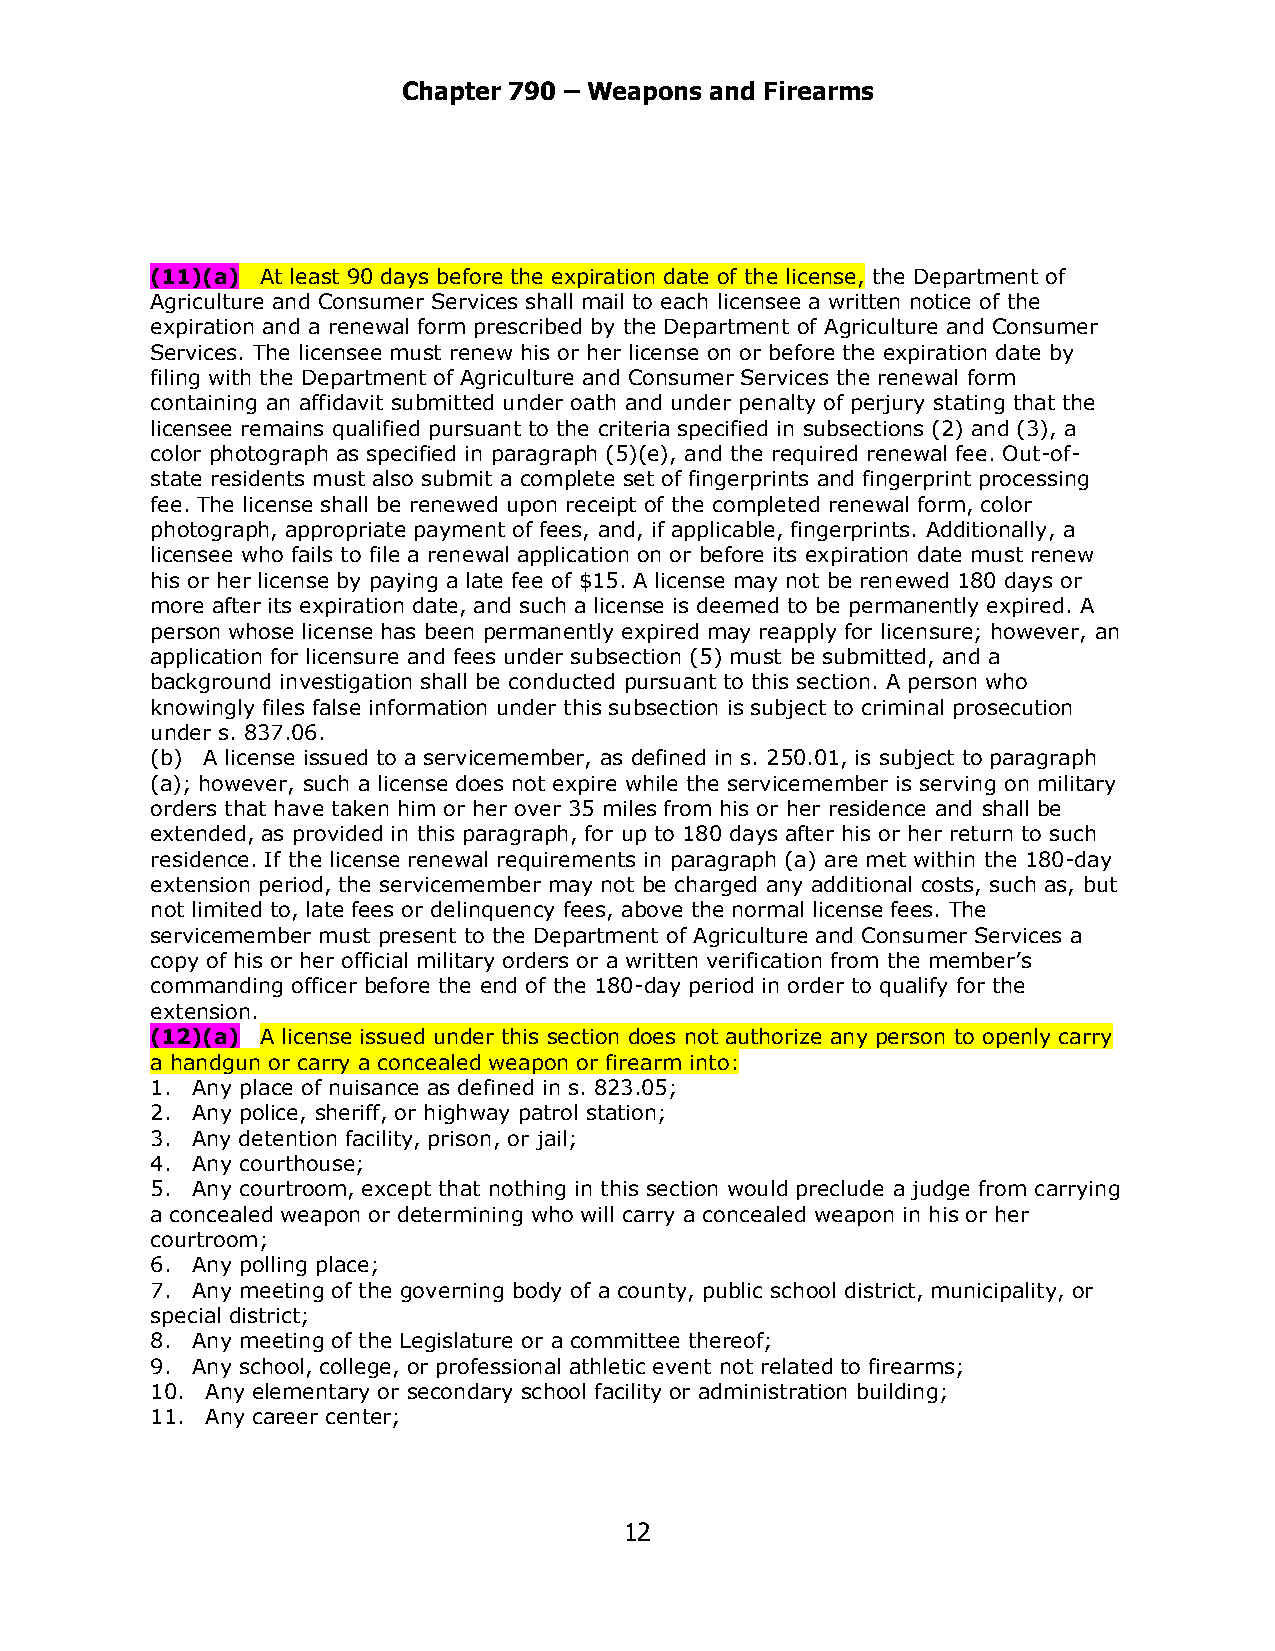
Chapter 790 – Weapons and Firearms
 (11)(a) At least 90 days before the expiration date of the license, the Department of
 Agriculture and Consumer Services shall mail to each licensee a written notice of the
 expiration and a renewal form prescribed by the Department of Agriculture and Consumer
 Services. The licensee must renew his or her license on or before the expiration date by
 filing with the Department of Agriculture and Consumer Services the renewal form
 containing an affidavit submitted under oath and under penalty of perjury stating that the
 licensee remains qualified pursuant to the criteria specified in subsections (2) and (3), a
 color photograph as specified in paragraph (5)(e), and the required renewal fee. Out-of-
 state residents must also submit a complete set of fingerprints and fingerprint processing
 fee. The license shall be renewed upon receipt of the completed renewal form, color
 photograph, appropriate payment of fees, and, if applicable, fingerprints. Additionally, a
 licensee who fails to file a renewal application on or before its expiration date must renew
 his or her license by paying a late fee of $15. A license may not be renewed 180 days or
 more after its expiration date, and such a license is deemed to be permanently expired. A
 person whose license has been permanently expired may reapply for licensure; however, an
 application for licensure and fees under subsection (5) must be submitted, and a
 background investigation shall be conducted pursuant to this section. A person who
 knowingly files false information under this subsection is subject to criminal prosecution
 under s. 837.06.
 (b) A license issued to a servicemember, as defined in s. 250.01, is subject to paragraph
 (a); however, such a license does not expire while the servicemember is serving on military
 orders that have taken him or her over 35 miles from his or her residence and shall be
 extended, as provided in this paragraph, for up to 180 days after his or her return to such
 residence. If the license renewal requirements in paragraph (a) are met within the 180-day
 extension period, the servicemember may not be charged any additional costs, such as, but
 not limited to, late fees or delinquency fees, above the normal license fees. The
 servicemember must present to the Department of Agriculture and Consumer Services a
 copy of his or her official military orders or a written verification from the member’s
 commanding officer before the end of the 180-day period in order to qualify for the
 extension.
 (12)(a) A license issued under this section does not authorize any person to openly carry
 a handgun or carry a concealed weapon or firearm into:
 1. Any place of nuisance as defined in s. 823.05;
 2. Any police, sheriff, or highway patrol station;
 3. Any detention facility, prison, or jail;
 4. Any courthouse;
 5. Any courtroom, except that nothing in this section would preclude a judge from carrying
 a concealed weapon or determining who will carry a concealed weapon in his or her
 courtroom;
 6. Any polling place;
 7. Any meeting of the governing body of a county, public school district, municipality, or
 special district;
 8. Any meeting of the Legislature or a committee thereof;
 9. Any school, college, or professional athletic event not related to firearms;
 10. Any elementary or secondary school facility or administration building;
 11. Any career center;
 12